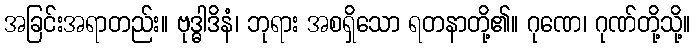
အခြင်းအရာတည်း။ ဗုဒ္ဓါဒိနံ၊ ဘုရား အစရှိသော ရတနာတို့၏။ ဂုဏေ၊ ဂုဏ်တို့သို့။